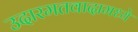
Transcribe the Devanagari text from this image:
उदारमतवादामध्ये